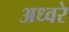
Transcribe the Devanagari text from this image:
अध्वरे